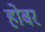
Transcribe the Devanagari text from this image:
होबर